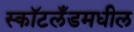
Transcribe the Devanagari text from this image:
स्कॉटलँडमधील